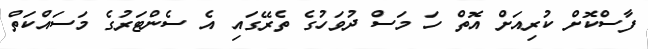
ފާސްކޮށް ކުރިއަށް އޮތް ހަ މަސް ދުވަހުގެ ތެރޭގައި އެ ސެންޓަރުގެ މަސައްކަތް